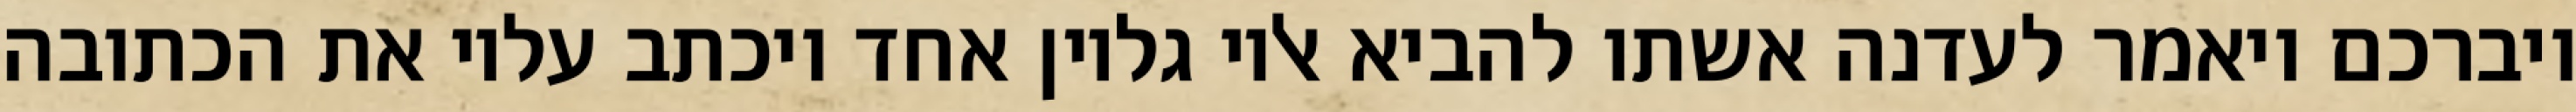
ויברכם ויאמר לעדנה אשתו להביא אליו גליון אחד ויכתב עליו את הכתובה